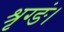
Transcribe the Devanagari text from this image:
श्रृग्ङं।